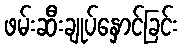
ဖမ်းဆီးချုပ်နှောင်ခြင်း